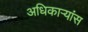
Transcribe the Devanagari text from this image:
अधिकाऱ्यांस